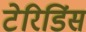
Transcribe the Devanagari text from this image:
टेरिडिंस